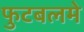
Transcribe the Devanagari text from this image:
फुटबलमे